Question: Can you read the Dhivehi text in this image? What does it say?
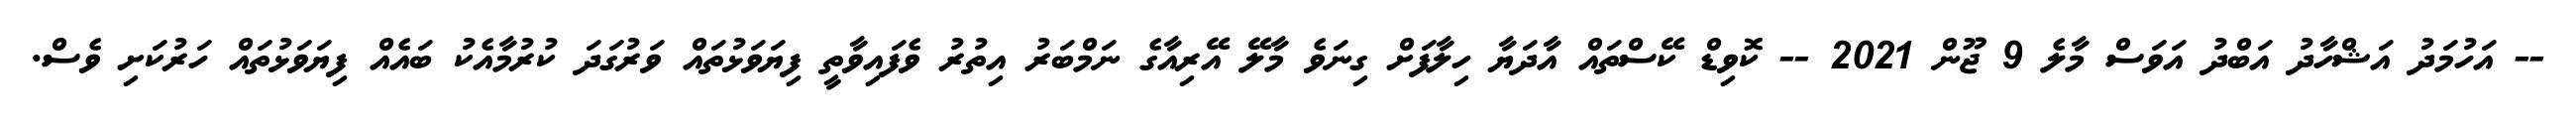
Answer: -- އަހުމަދު އަޝްހާދު އަބްދު އަވަސް މާލެ 9 ޖޫން 2021 -- ކޮވިޑް ކޭސްތައް އާދަޔާ ހިލާފަށް ގިނަވެ މާލޭ އޭރިއާގެ ނަމްބަރު އިތުރު ވެފައިވާތީ ފިޔަވަޅުތައް ވަރުގަދަ ކުރުމާއެކު ބައެއް ފިޔަވަޅުތައް ހަރުކަށި ވެސް.